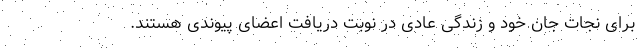
برای نجات جان خود و زندگی عادی در نوبت دریافت اعضای پیوندی هستند.